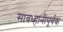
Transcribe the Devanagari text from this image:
सावध्हानीपूर्वक